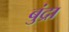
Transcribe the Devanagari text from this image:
बुंद्रा